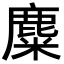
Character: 麋